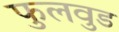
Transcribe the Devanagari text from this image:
फुलवुड